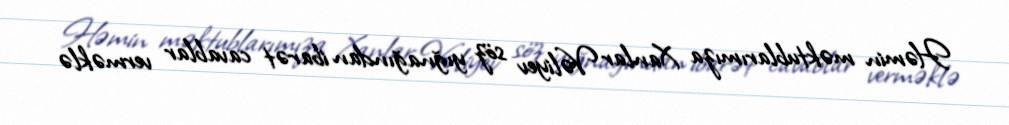
Həmin məktublarımıza Xanlar Vəliyev söz yığnağından ibarət cavablar verməklə